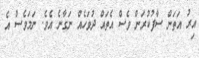
އިރު އަތަން ސާފުކުރަން ވެސް އެތައް ދުވަހެއް ނަގާނެ އެވެ. ނަމަވެސް އެ